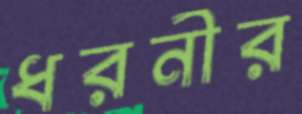
ধরনীর